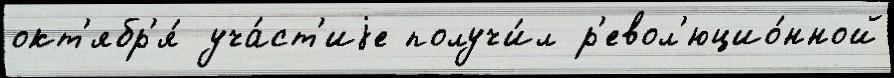
окт'ябр'я́ уча́ст'иjе получи́л р'евол'юцио́нной